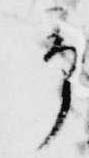
予